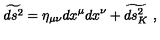
\widetilde { d s ^ { 2 } } = \eta _ { \mu \nu } d x ^ { \mu } d x ^ { \nu } + \widetilde { d s _ { K } ^ { 2 } } \ ,